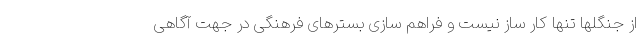
از جنگلها تنها کار ساز نیست و فراهم سازی بسترهای فرهنگی در جهت آگاهی